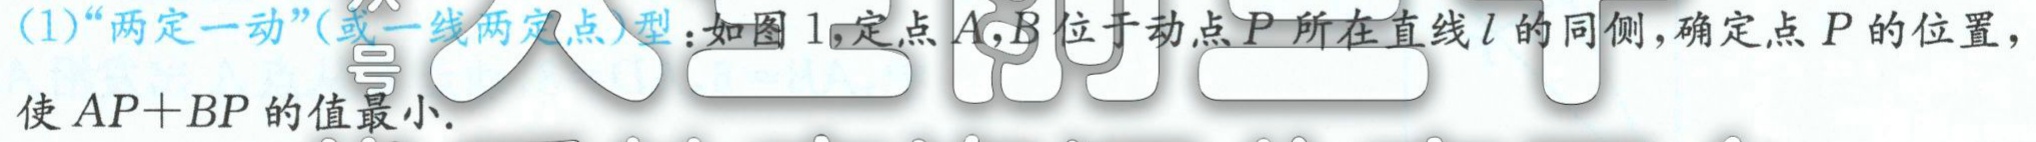
(1)“两定一动”(或一线两定点)型：如图 1,定点\(A,B\)位于动点\(P\)所在直线\(l\)的同侧,确定点\(P\)的位置，使 \(AP + BP\)的值最小.